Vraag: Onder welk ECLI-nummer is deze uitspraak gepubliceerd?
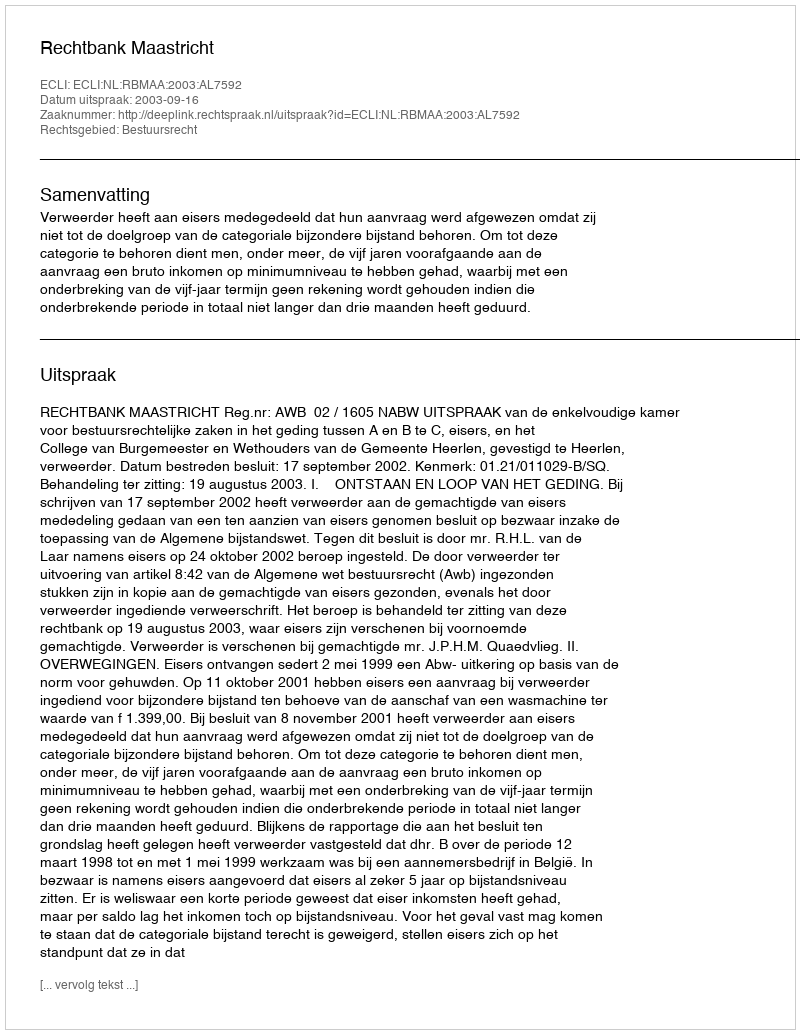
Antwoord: ECLI:NL:RBMAA:2003:AL7592